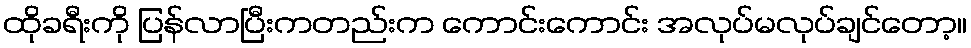
ထိုခရီးကို ပြန်လာပြီးကတည်းက ကောင်းကောင်း အလုပ်မလုပ်ချင်တော့။